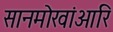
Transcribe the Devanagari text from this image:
सानमोखांआरि